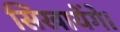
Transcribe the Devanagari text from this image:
सिखायेंगे।